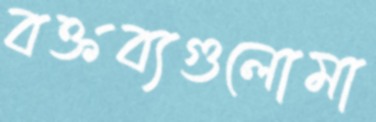
বক্তব্যগুলোমা